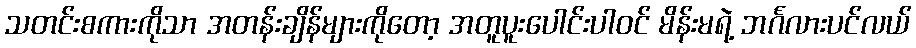
သတင်းစကားကိုသာ အတန်းချိန်များကိုတော့ အတူပူးပေါင်းပါဝင် မိန်းမရဲ့ ဘင်္ဂလားပင်လယ်